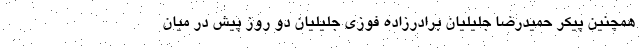
همچنین پیکر حمیدرضا جلیلیان برادرزاده فوزی جلیلیان دو روز پیش در میان